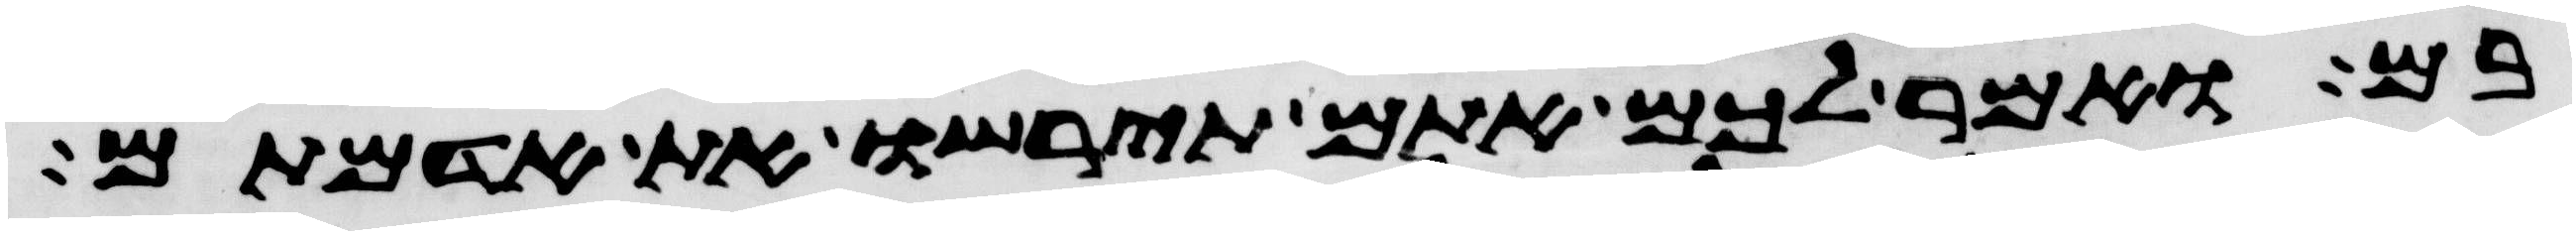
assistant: בם ואמר לכם אתם תירשו את אדמתם